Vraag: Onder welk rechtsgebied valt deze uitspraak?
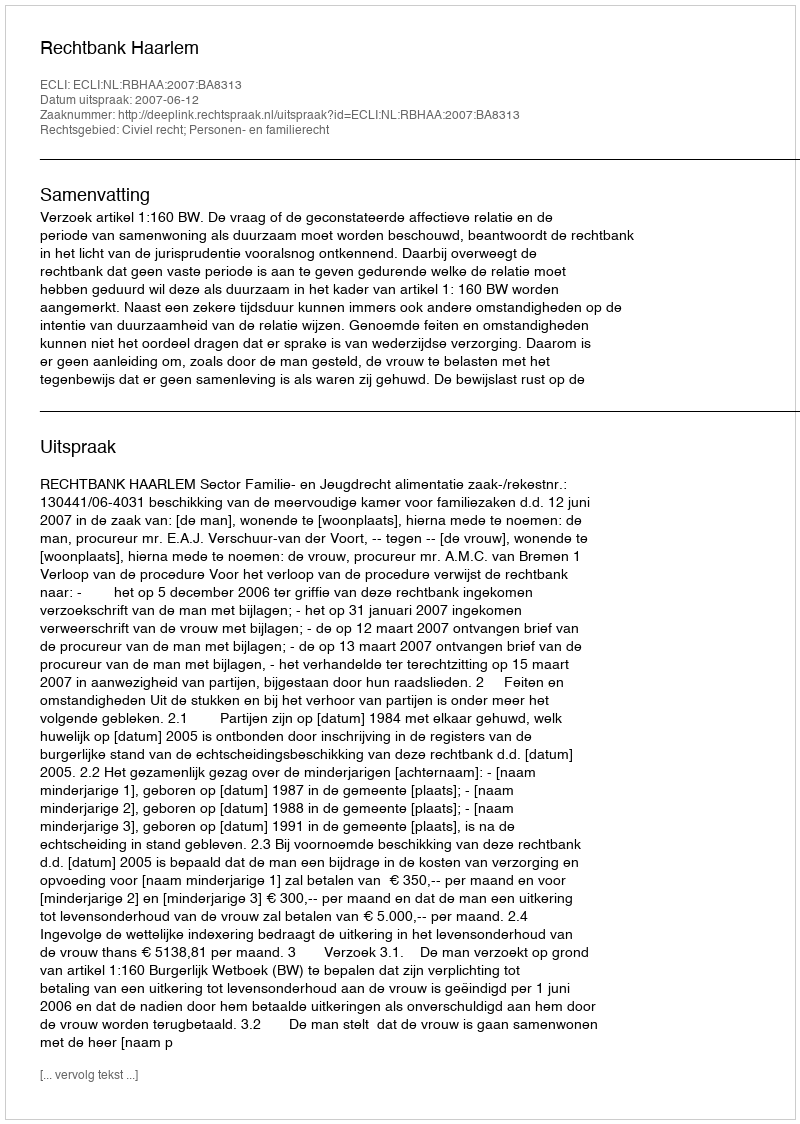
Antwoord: Civiel recht; Personen- en familierecht